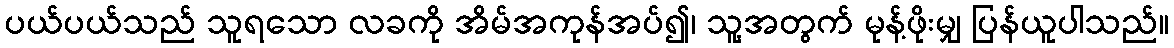
ပယ်ပယ်သည် သူရသော လခကို အိမ်အကုန်အပ်၍၊ သူ့အတွက် မုန့်ဖိုးမျှ ပြန်ယူပါသည်။